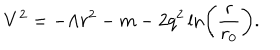
V ^ { 2 } = - \Lambda r ^ { 2 } - m - 2 q ^ { 2 } \ln \left( \frac { r } { r _ { 0 } } \right) .